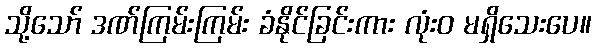
သို့သော် ဒဏ်ကြမ်းကြမ်း ခံနိုင်ခြင်းကား လုံးဝ မရှိသေးပေ။